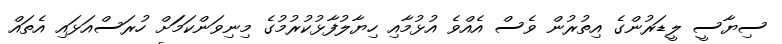
ސިޔާސީ ލީޑަރުންގެ އިތުރުން ވެސް އެއްވެ އުޅުމާއި ހިޔާލުފާޅުކުރުމުގެ މިނިވަންކަމަަށް ހުރަސްއަޅައި އެތައް